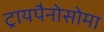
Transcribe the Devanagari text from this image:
ट्रायपैनोसोमा